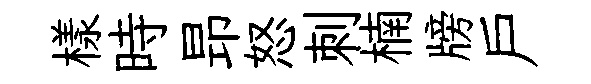
樣時昻怒刺楠牓戸